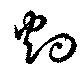
灼